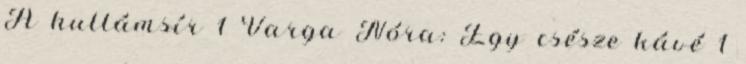
A hullámsír 1 Varga Nóra: Egy csésze kávé 1